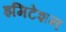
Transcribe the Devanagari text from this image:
इमिटेशन